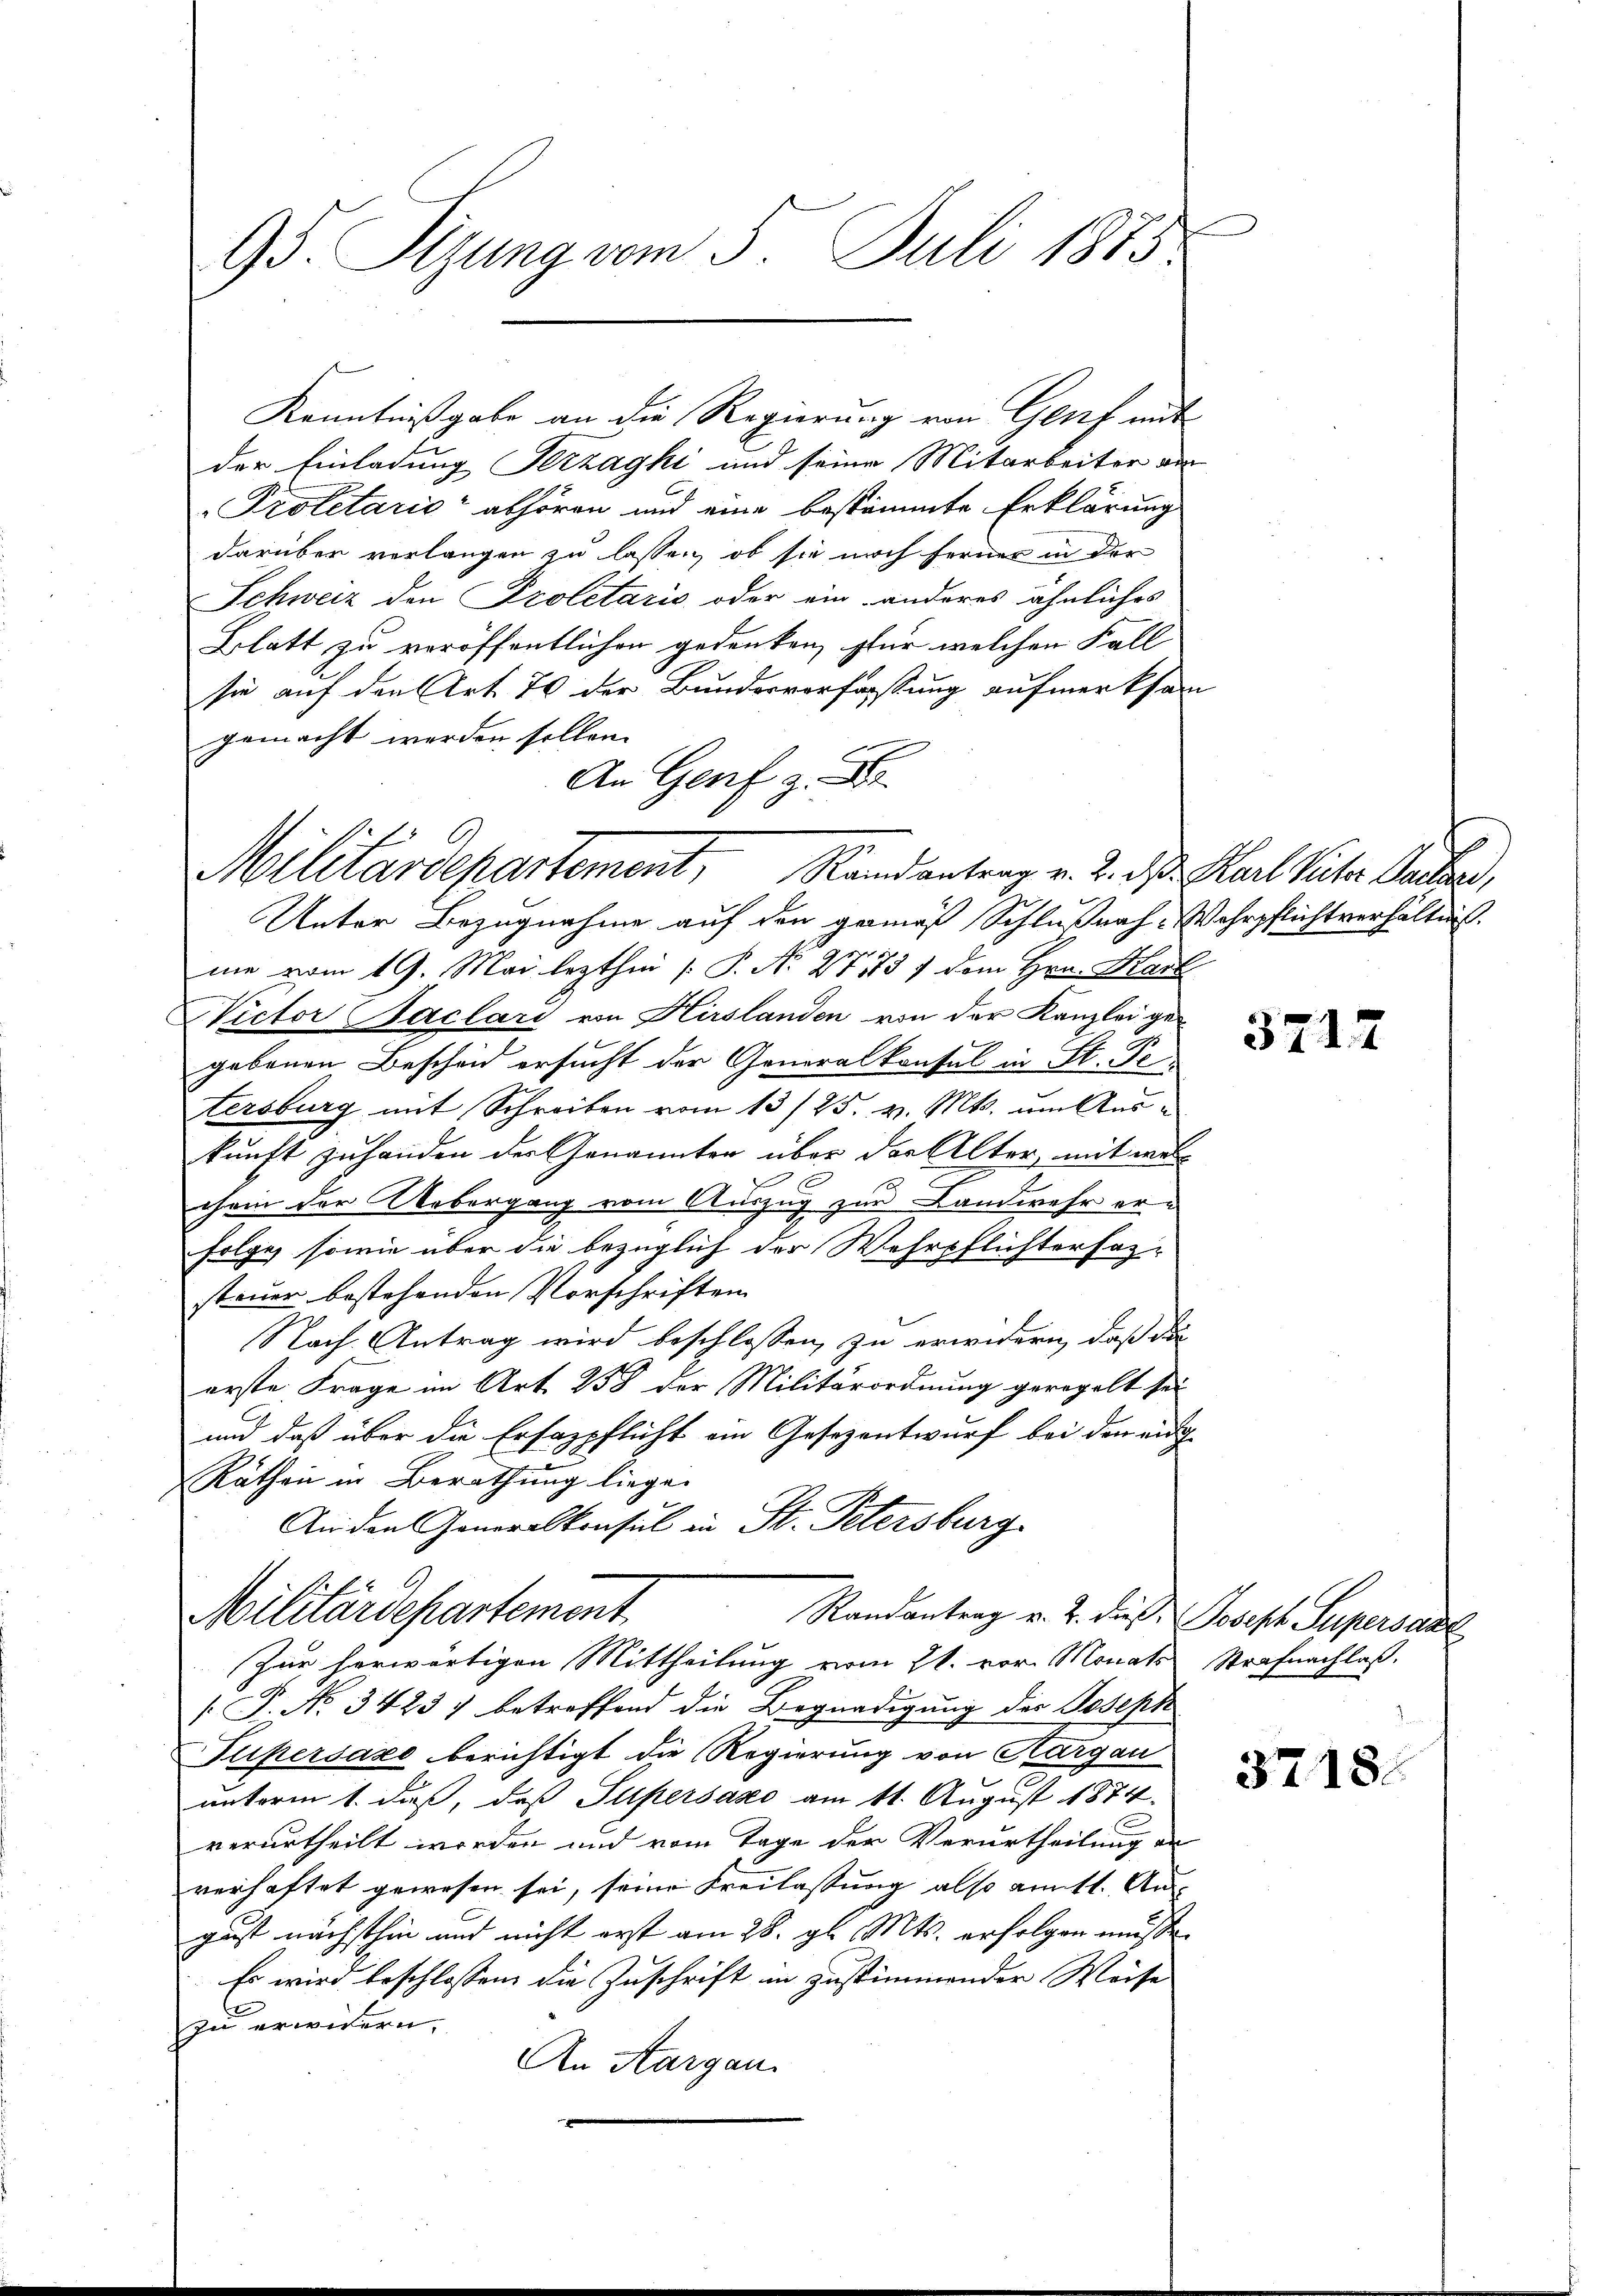
93. Stzung vom 5. Juli 1875

der Einladung Sezzagki und seine Mitarbeiter au
Proletario abhören und eine bestimmte Erklärung
darüber verlangen zu lassen, ob sie noch ferner in der
Schweiz den Proletaris oder ein anderes ähnliches
Blatt zu veröffentlichen gedenken, für welchen Fall
sie auf den Art. 70 der Bundesverfassung aufmerksam
gemacht werden sollen.
An Genf z. B.
Unter Bezugnahme auf den gemäß Schlußnah- Wehrpflichtverhältnis.
me vom 19. Mai lezthin [P. Nr. 271731 dem Hrn. Mart
Victor Saclari von Hirslanden von der Kanzlei gegebenen Bescheid ersucht der Generalkonsul in St. Pe-
tersburg mit Schreiben vom 13/25. v. Mts. um Auskunft zu handen der Genannten über der Alter, mit wel
chein der Uebergang vom Auszug zur Landwehr er¬
Folge, sowie über die bezüglich der Wehrpflichtersazsteuer bestehenden Vorschriften
Nach Antrag wird beschlossen, zu erwidern, daß da
erste Frage im Art. 258 der Militärordnung geregelt sei
und daß über die Ersazpflicht am Gesezentwurf bei den auch
Räthen in Berathung liege.
An den Generalkonsul in St. Petersburg
Militärdepartement
Randantrag v. J. dieß Joseph Supersaal
Zur herwärtigen Mittheilung vom 21. vor. Monats Strafnachlaß.
 P. No. 3423) betreffend die Begnadigung des Joseph
Fupersazo berichtigt die Regierung von Kargau
unterm 1. daß, daß Supersano am 11. August 1874.
verurtheilt worden und vom Tage der Verurtheilung an
verhaftet gewesen sei, seine Freilassung also am 11. Au-
gust nächsthin und nicht erst am 28. gl. Mts. erfolgen müsse.
Es wird beschlossen, die Zuschrift in zustimmender Weise
zu erwidern.
An Aargau.

Militärdepartement, Randantrag v. 2. des Karl Vater Packer,

Kenntnißgabe an die Regierung von Genf mit

3717

3718.